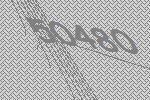
50480